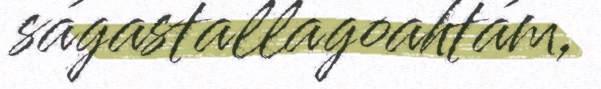
ságastallagoahtám,